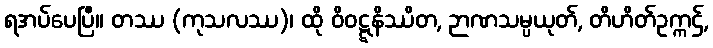
ရအပ်ပေပြီ။ တဿ (ကုသလဿ)၊ ထို ဝိဝဋ္ဋနိဿိတ, ဉာဏသမ္ပယုတ်, တိဟိတ်ဥက္ကဌ်,